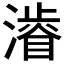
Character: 𱩕